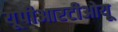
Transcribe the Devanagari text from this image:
यूपीआरटीओयू